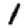
Digit: 1